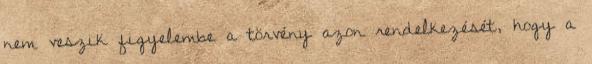
nem veszik figyelembe a törvény azon rendelkezését, hogy a